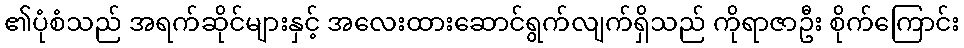
၏ပုံစံသည် အရက်ဆိုင်များနှင့် အလေးထားဆောင်ရွက်လျက်ရှိသည် ကိုရာဇာဦး စိုက်ကြောင်း